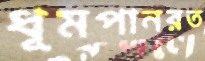
ধূমপানরত